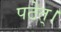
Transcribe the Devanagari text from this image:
पठेत्।